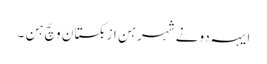
ایہہ دونے شہر ہن ازبکستان وچّ ہن ۔